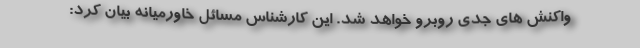
واکنش های جدی روبرو خواهد شد. این کارشناس مسائل خاورمیانه بیان کرد: